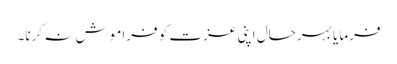
فرمایا بہرحال اپنی عزت کو فراموش نہ کرنا۔